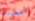
أعطيناه